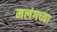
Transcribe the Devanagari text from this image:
मलंगच्या